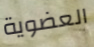
العضوية